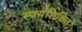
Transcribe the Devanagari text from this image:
स्वयंशिक्षित